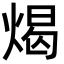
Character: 㷎